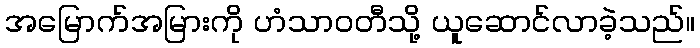
အမြောက်အမြားကို ဟံသာဝတီသို့ ယူဆောင်လာခဲ့သည်။